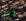
نؤدي